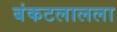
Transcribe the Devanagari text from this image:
बंकटलालला